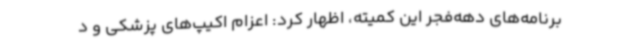
برنامه‌های دهه‌فجر این کمیته، اظهار کرد: اعزام اکیپ‌های پزشکی و د